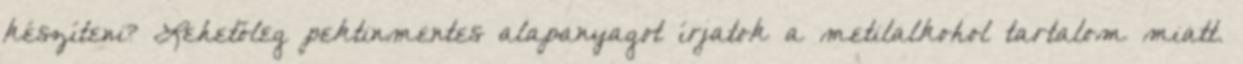
készíteni? Lehetőleg pektinmentes alapanyagot írjatok a metilalkohol tartalom miatt.